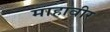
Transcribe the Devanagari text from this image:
माहावीर